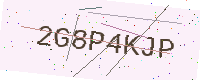
Text: 2G8P4KJP